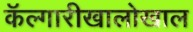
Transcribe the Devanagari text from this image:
कॅल्गारीखालोखाल